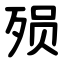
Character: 殒